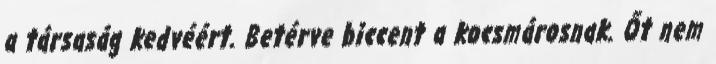
a társaság kedvéért. Betérve biccent a kocsmárosnak. Őt nem